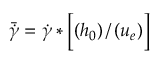
\Bar { \Dot { \gamma } } = \Dot { \gamma } * \biggl [ \left( h _ { 0 } \right) / \left( u _ { e } \right) \biggr ]